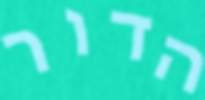
הדור